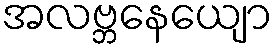
အလဗ္ဘနေယျော